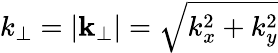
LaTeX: k_{\perp}=\left|{\mathbf k}_{\perp}\right|=\sqrt{k_{x}^{2}+k_{y}^{2}}